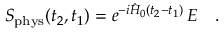
S _ { \mathrm { p h y s } } ( t _ { 2 } , t _ { 1 } ) = e ^ { - i \hat { H } _ { 0 } ( t _ { 2 } - t _ { 1 } ) } \, { \cal E } \ \ \ .